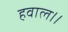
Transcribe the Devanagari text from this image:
हवाल।।